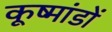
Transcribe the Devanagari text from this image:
कूष्मांडों